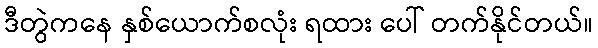
ဒီတွဲကနေ နှစ်ယောက်စလုံး ရထား ပေါ် တက်နိုင်တယ်။